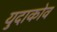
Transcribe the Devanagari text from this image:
युदाकोव